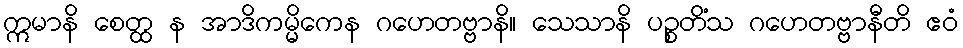
ဣမာနိ စေတ္ထ န အာဒိကမ္မိကေန ဂဟေတဗ္ဗာနိ။ သေသာနိ ပဉ္စတိံသ ဂဟေတဗ္ဗာနီတိ ဧဝံ